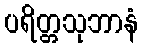
ပရိတ္တသုဘာနံ